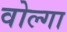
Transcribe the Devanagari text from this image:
वोल्‍गा